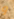
و